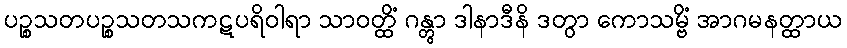
ပဉ္စသတပဉ္စသတသကဋပရိဝါရာ သာဝတ္ထိံ ဂန္တွာ ဒါနာဒီနိ ဒတွာ ကောသမ္ဗိံ အာဂမနတ္ထာယ